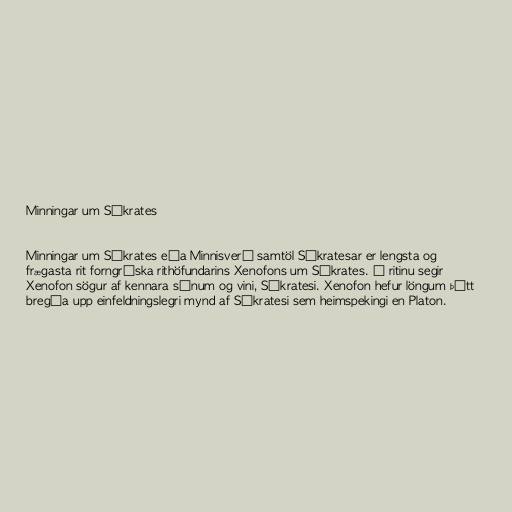
Minningar um Sókrates

Minningar um Sókrates eða Minnisverð samtöl Sókratesar er lengsta og
frægasta rit forngríska rithöfundarins Xenofons um Sókrates. Í ritinu segir
Xenofon sögur af kennara sínum og vini, Sókratesi. Xenofon hefur löngum þótt
bregða upp einfeldningslegri mynd af Sókratesi sem heimspekingi en Platon.